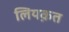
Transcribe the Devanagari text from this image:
लियक़त